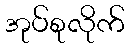
အုပ်စုလိုက်